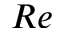
R e